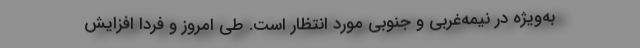
به‌ویژه در نیمه‌غربی و جنوبی مورد انتظار است. طی امروز و فردا افزایش